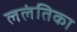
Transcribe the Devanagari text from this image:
ललंतिका